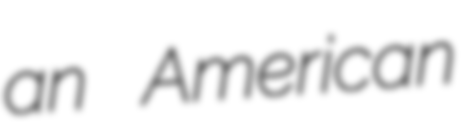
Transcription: an American